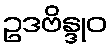
ဥဒဗိန္ဒုဝ